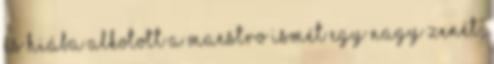
És hiába alkotott a maestro ismét egy nagy zenét,